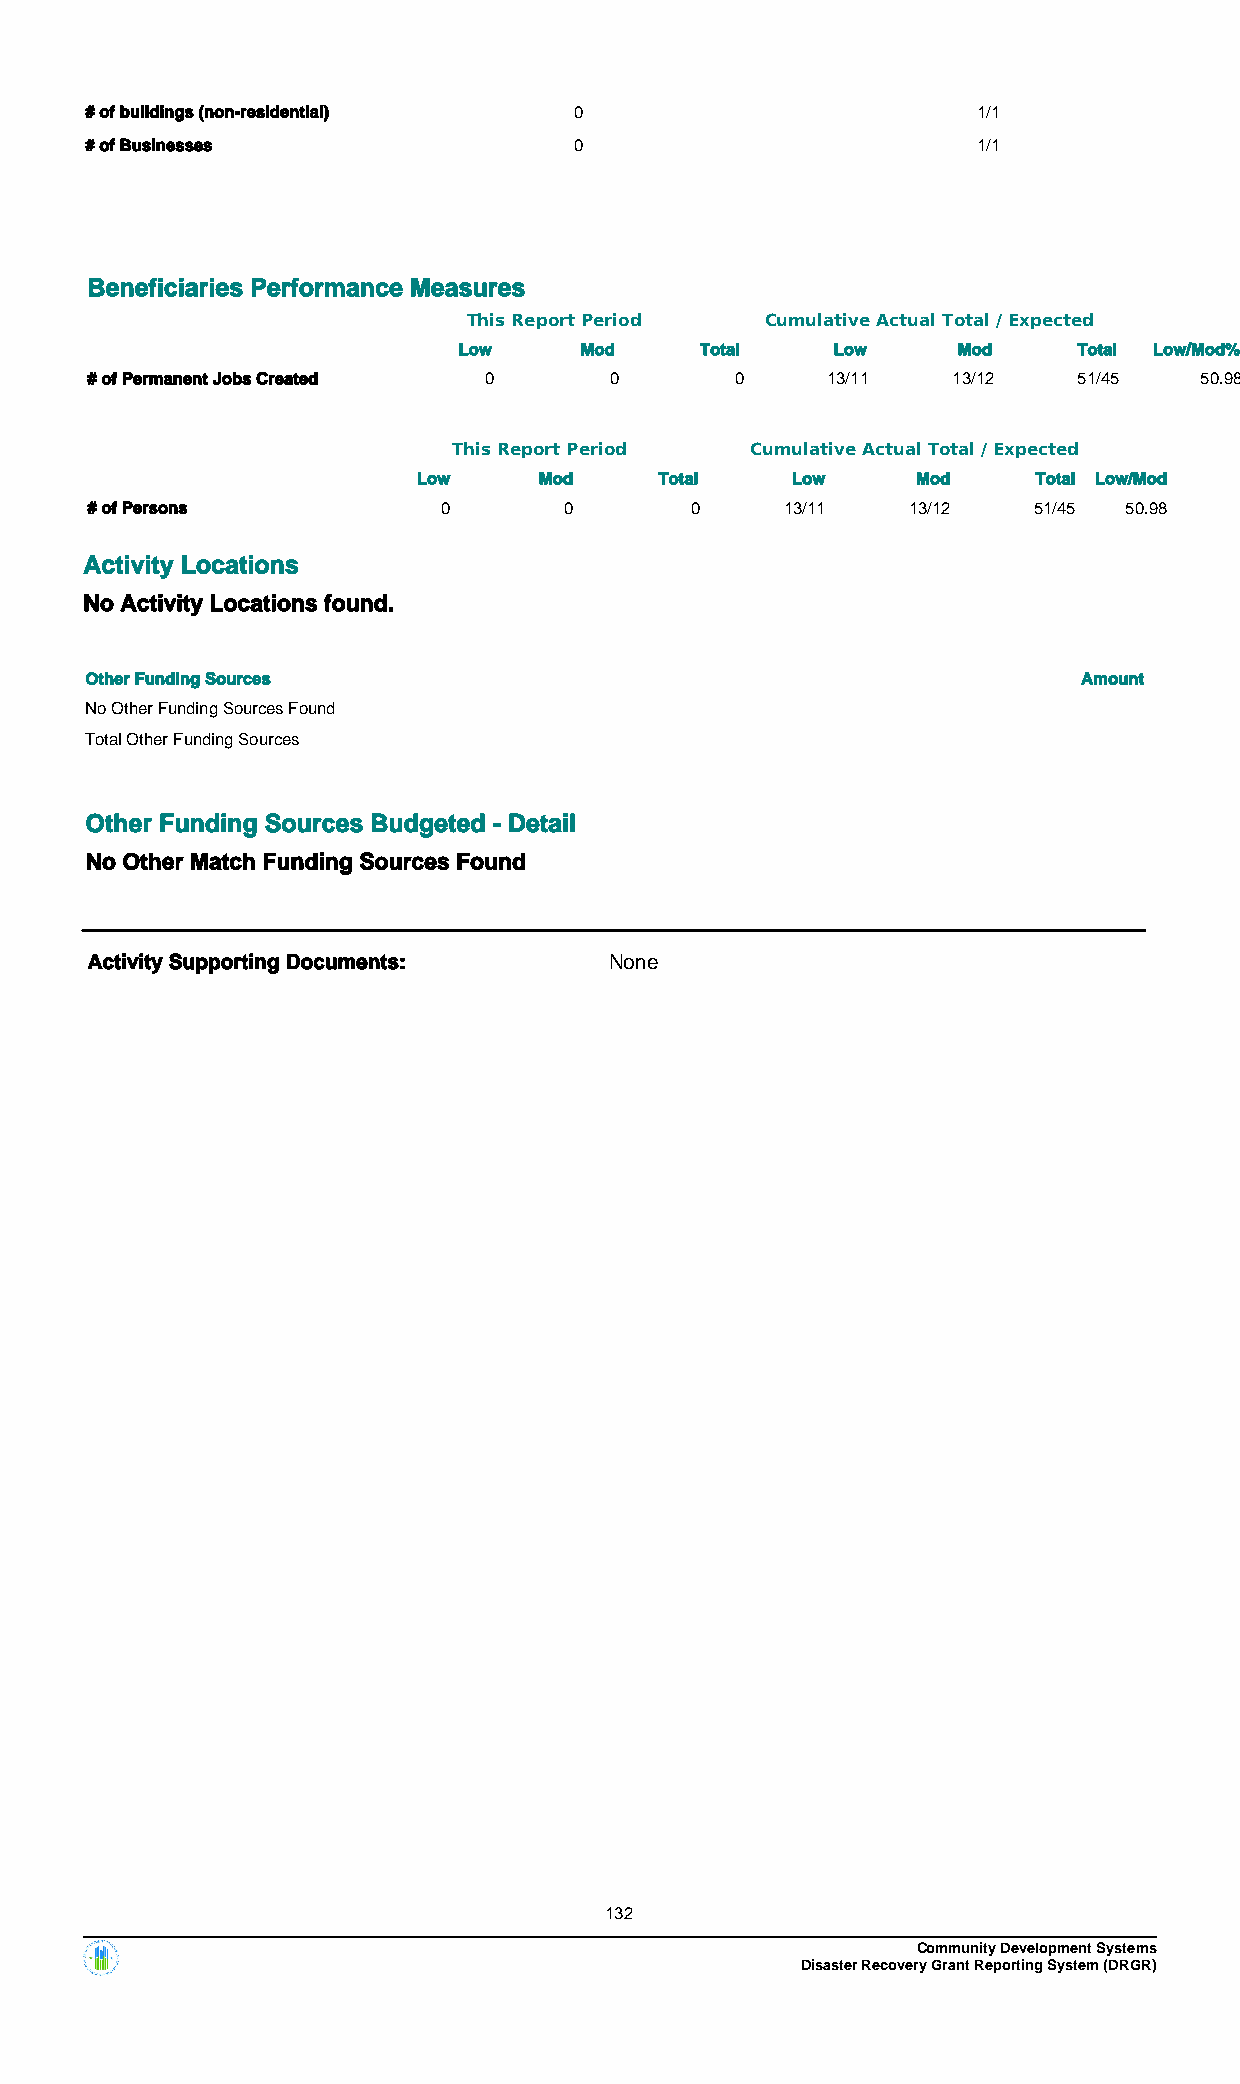
# of buildings (non-residential) 0                         1/1
 # of Businesses                 0                          1/1
 Beneficiaries Performance Measures
 This Report Period  Cumulative Actual Total / Expected
 Low     Mod     Total    Low     Mod     Total Low/Mod%
 # of Permanent Jobs Created 0     0        0     13/11   13/12   51/45   50.98
 This Report Period  Cumulative Actual Total / Expected
 Low     Mod     Total   Low      Mod     Total Low/Mod
 # of Persons           0       0        0     13/11   13/12   51/45 50.98
 Activity Locations
 No Activity Locations found.
 Other Funding Sources                                             Amount
 No Other Funding Sources Found
 Total Other Funding Sources
 Other Funding Sources Budgeted - Detail
 No Other Match Funding Sources Found
 Activity Supporting Documents:    None
 132
 Community Development Systems
 Disaster Recovery Grant Reporting System (DRGR)